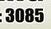
3085